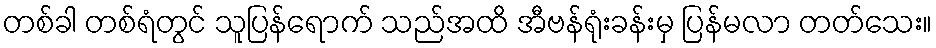
တစ်ခါ တစ်ရံတွင် သူပြန်ရောက် သည်အထိ အီဗန်ရုံးခန်းမှ ပြန်မလာ တတ်သေး။